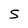
Character: S